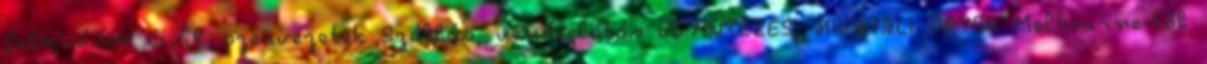
felhívások Civil szervezetek Szállás, vendéglátás ÜGYINTÉZÉS, HIVATALI ÜGYEK Melbourne-től